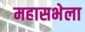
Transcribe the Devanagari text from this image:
महासभेला